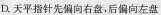
D.天平指针先偏向右盘，后偏向左盘